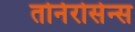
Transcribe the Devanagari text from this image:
तोर्नरोसेन्स